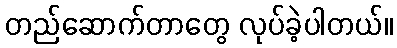
တည်ဆောက်တာတွေ လုပ်ခဲ့ပါတယ်။